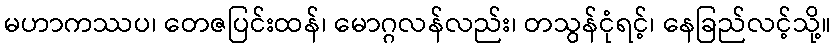
မဟာကဿပ၊ တေဇပြင်းထန်၊ မောဂ္ဂလန်လည်း၊ တသွန်ငုံရင့်၊ နေခြည်လင့်သို့။